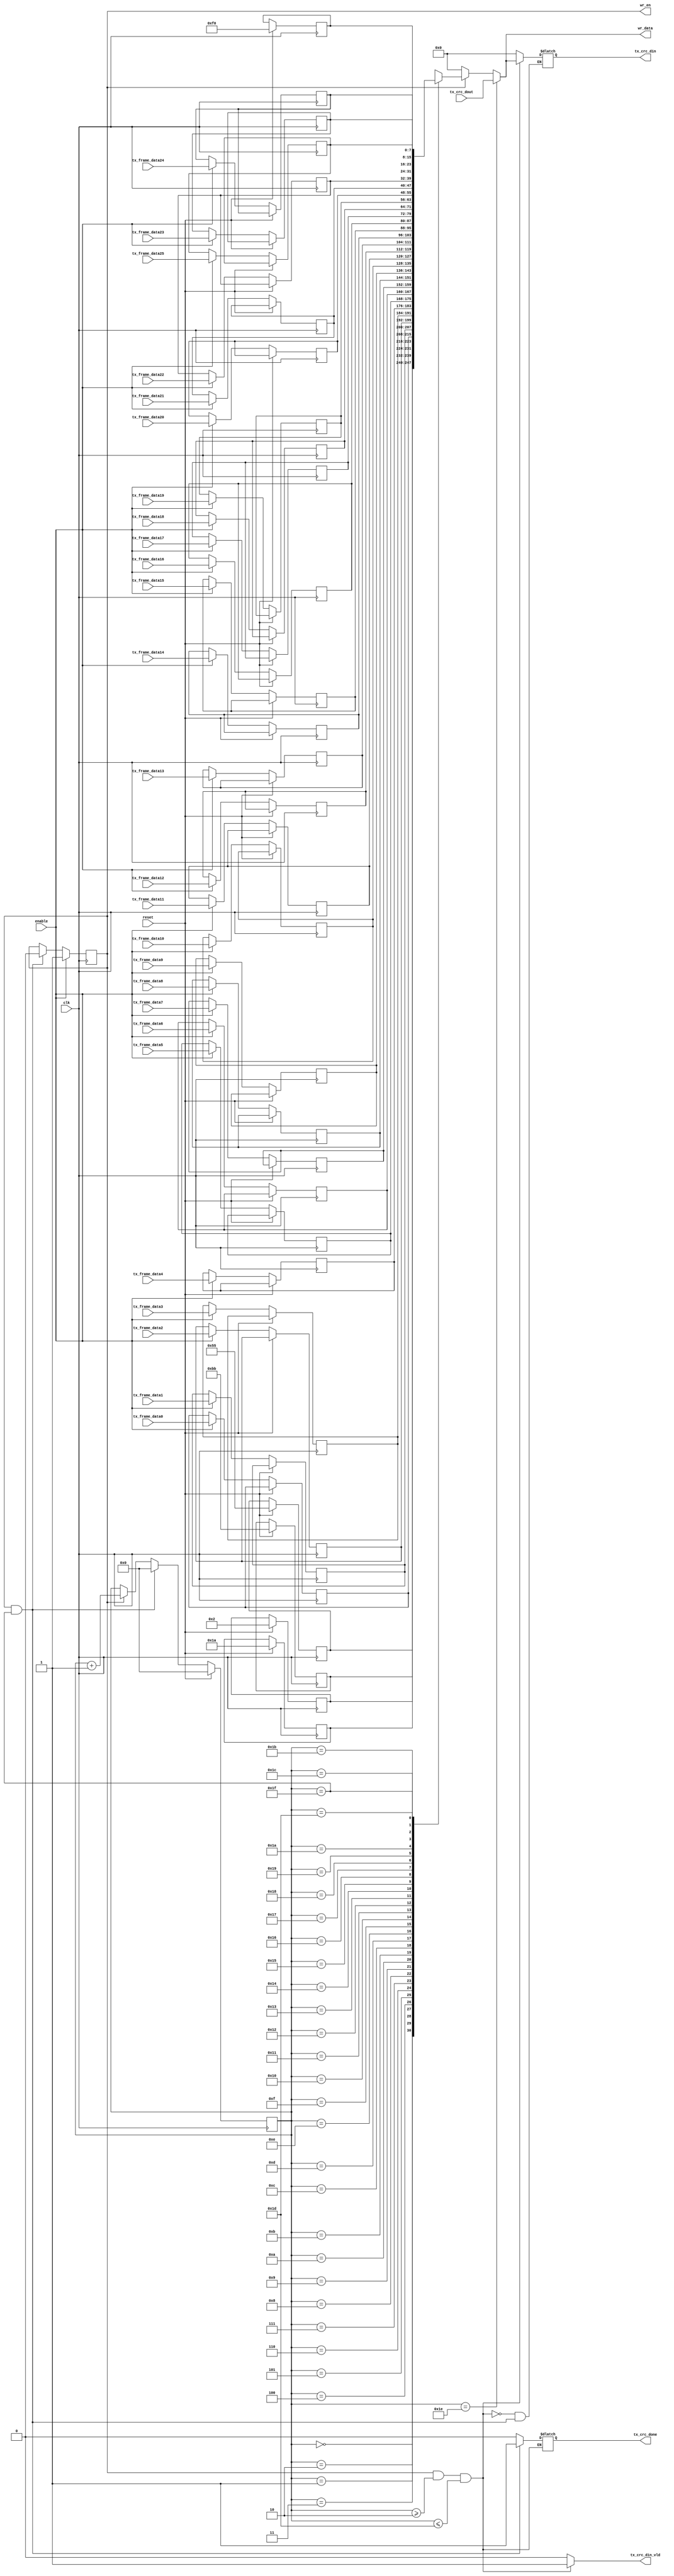
module uart_control_ii_pack (
	input				               clk,
	input                              enable,
	input                              reset,

    //uart_send
    output reg            			   wr_en,
    output reg      [7:0]       	   wr_data,
 
	input        [7:0]                 tx_frame_data0,	
	input        [7:0]                 tx_frame_data1,	
	input        [7:0]                 tx_frame_data2,	
	input        [7:0]                 tx_frame_data3,	
	input        [7:0]                 tx_frame_data4,	
	input        [7:0]                 tx_frame_data5,	
	input        [7:0]                 tx_frame_data6,	
	input        [7:0]                 tx_frame_data7,
	input        [7:0]                 tx_frame_data8,
	input        [7:0]                 tx_frame_data9,
	input        [7:0]                 tx_frame_data10,
	input        [7:0]                 tx_frame_data11,
	input        [7:0]                 tx_frame_data12,
	input        [7:0]                 tx_frame_data13,
	input        [7:0]                 tx_frame_data14,
	input        [7:0]                 tx_frame_data15,
	input        [7:0]                 tx_frame_data16,
	input        [7:0]                 tx_frame_data17,
	input        [7:0]                 tx_frame_data18,
	input        [7:0]                 tx_frame_data19,
	input        [7:0]                 tx_frame_data20,
    input        [7:0]                 tx_frame_data21,
	input        [7:0]                 tx_frame_data22,
	input        [7:0]                 tx_frame_data23,
	input        [7:0]                 tx_frame_data24,
	input        [7:0]                 tx_frame_data25,
    //crc8_d8_tx
	output reg                         tx_crc_din_vld,  // 
	output reg   [7:0]                 tx_crc_din,      // 
	input        [7:0]                 tx_crc_dout, 	//CRC
	output reg                         tx_crc_done		//CRC	
    
);
    

reg [7:0] tx_array [31:0]; //
reg [4:0] wr_cnt;

always @(posedge clk) begin
    if (reset) begin
    	tx_array[0] <= 8'h55;
    	tx_array[1] <= 8'hbb;  
    	tx_array[2] <= 8'h02;  
    	tx_array[3] <= 8'h1a; 
    	tx_array[31]<= 8'hf0;  
    	//tx_array[30]<= 8'h60;  	     	  	
    end 
    else if (enable )begin

     	tx_array[4]  <= tx_frame_data0;
     	tx_array[5]  <= tx_frame_data1;
     	tx_array[6]  <= tx_frame_data2;
     	tx_array[7]  <= tx_frame_data3;
        tx_array[8]  <= tx_frame_data4; 
        tx_array[9]  <= tx_frame_data5;
        tx_array[10] <= tx_frame_data6;
        tx_array[11] <= tx_frame_data7;	
        tx_array[12] <= tx_frame_data8;
        tx_array[13] <= tx_frame_data9;
        tx_array[14] <= tx_frame_data10;
        tx_array[15] <= tx_frame_data11;
        tx_array[16] <= tx_frame_data12;
        tx_array[17] <= tx_frame_data13;	
        tx_array[18] <= tx_frame_data14;
        tx_array[19] <= tx_frame_data15;
        tx_array[20] <= tx_frame_data16;
        tx_array[21] <= tx_frame_data17;
        tx_array[22] <= tx_frame_data18;
        tx_array[23] <= tx_frame_data19;
        tx_array[24] <= tx_frame_data20;
        tx_array[25] <= tx_frame_data21;
        tx_array[26] <= tx_frame_data22;
        tx_array[27] <= tx_frame_data23;
        tx_array[28] <= tx_frame_data24;
        tx_array[29] <= tx_frame_data25;
          	      	      	   	  	    	   	
    end
end

always @(posedge clk) begin
    if (enable) 
       wr_en <= 1; 
    else if (wr_en && wr_cnt == 5'd31) 
       wr_en <= 0; 
end

always @(posedge clk) begin
    if (reset) 
		wr_cnt <= 0;       
    else if (wr_en && wr_cnt == 5'd31) 
        wr_cnt <= 0;
    else if (wr_en)
       	wr_cnt <= wr_cnt + 1;
        
end

always @(*) begin
	if (wr_cnt == 5'd30) 
		wr_data <= tx_crc_dout;
	else if (wr_en) 
		wr_data <= tx_array[wr_cnt];
	else 
		wr_data <= 0;
end

always @(*) begin
	if (wr_en && wr_cnt >= 5'd2 && wr_cnt <= 5'd29)begin 
		tx_crc_din_vld <= 1;
        tx_crc_din     <= wr_data;
    end
	else if (wr_en && wr_cnt == 5'd31) begin
		tx_crc_done    <= 1;
        tx_crc_din_vld <= 0;
    end    
	else begin
		tx_crc_din_vld <= 0;
		tx_crc_done    <= 0;
        tx_crc_din     <= 0;
	end
end



endmodule